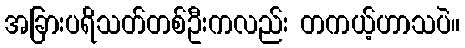
အခြားပရိသတ်တစ်ဦးကလည်း တကယ့်ဟာသပဲ။